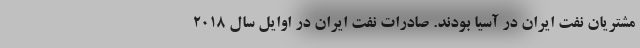
مشتریان نفت ایران در آسیا بودند. صادرات نفت ایران در اوایل سال ۲۰۱۸